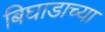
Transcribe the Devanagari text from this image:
बिघाडाच्या